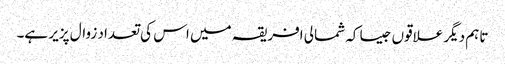
تاہم دیگر علاقوں جیسا کہ شمالی افریقہ میں اس کی تعداد زوال پزیر ہے۔